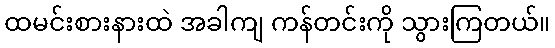
ထမင်းစားနားထဲ အခါကျ ကန်တင်းကို သွားကြတယ်။